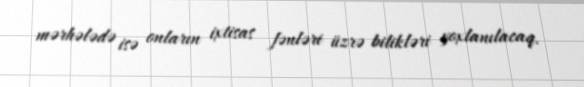
mərhələdə isə onların ixtisas fənləri üzrə bilikləri yoxlanılacaq.